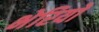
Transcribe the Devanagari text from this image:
भेरियों